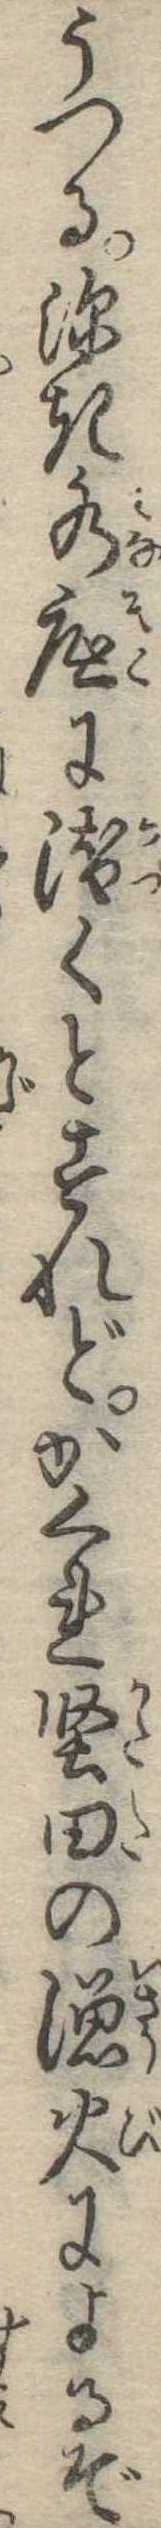
うつる深き水底に潜くとすれどかくれ堅田の漁火によるぞ